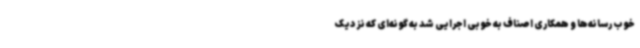
خوب رسانه‌ها و همکاری اصناف به خوبی اجرایی شد به گونه‌ای که نزدیک